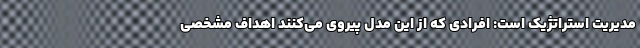
مدیریت استراتژیک است: افرادی که از این مدل پیروی می‌کنند اهداف مشخصی